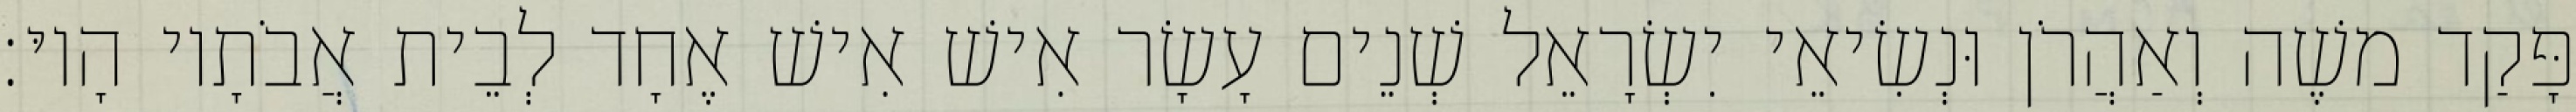
פָּקַד משֶׁה וְאַהֲרֹן וּנְשִׂיאֵי יִשְׂרָאֵל שְׁנֵים עָשָׂר אִישׁ אִישׁ אֶחָד לְבֵית אֲבֹתָיו הָיוּ׃